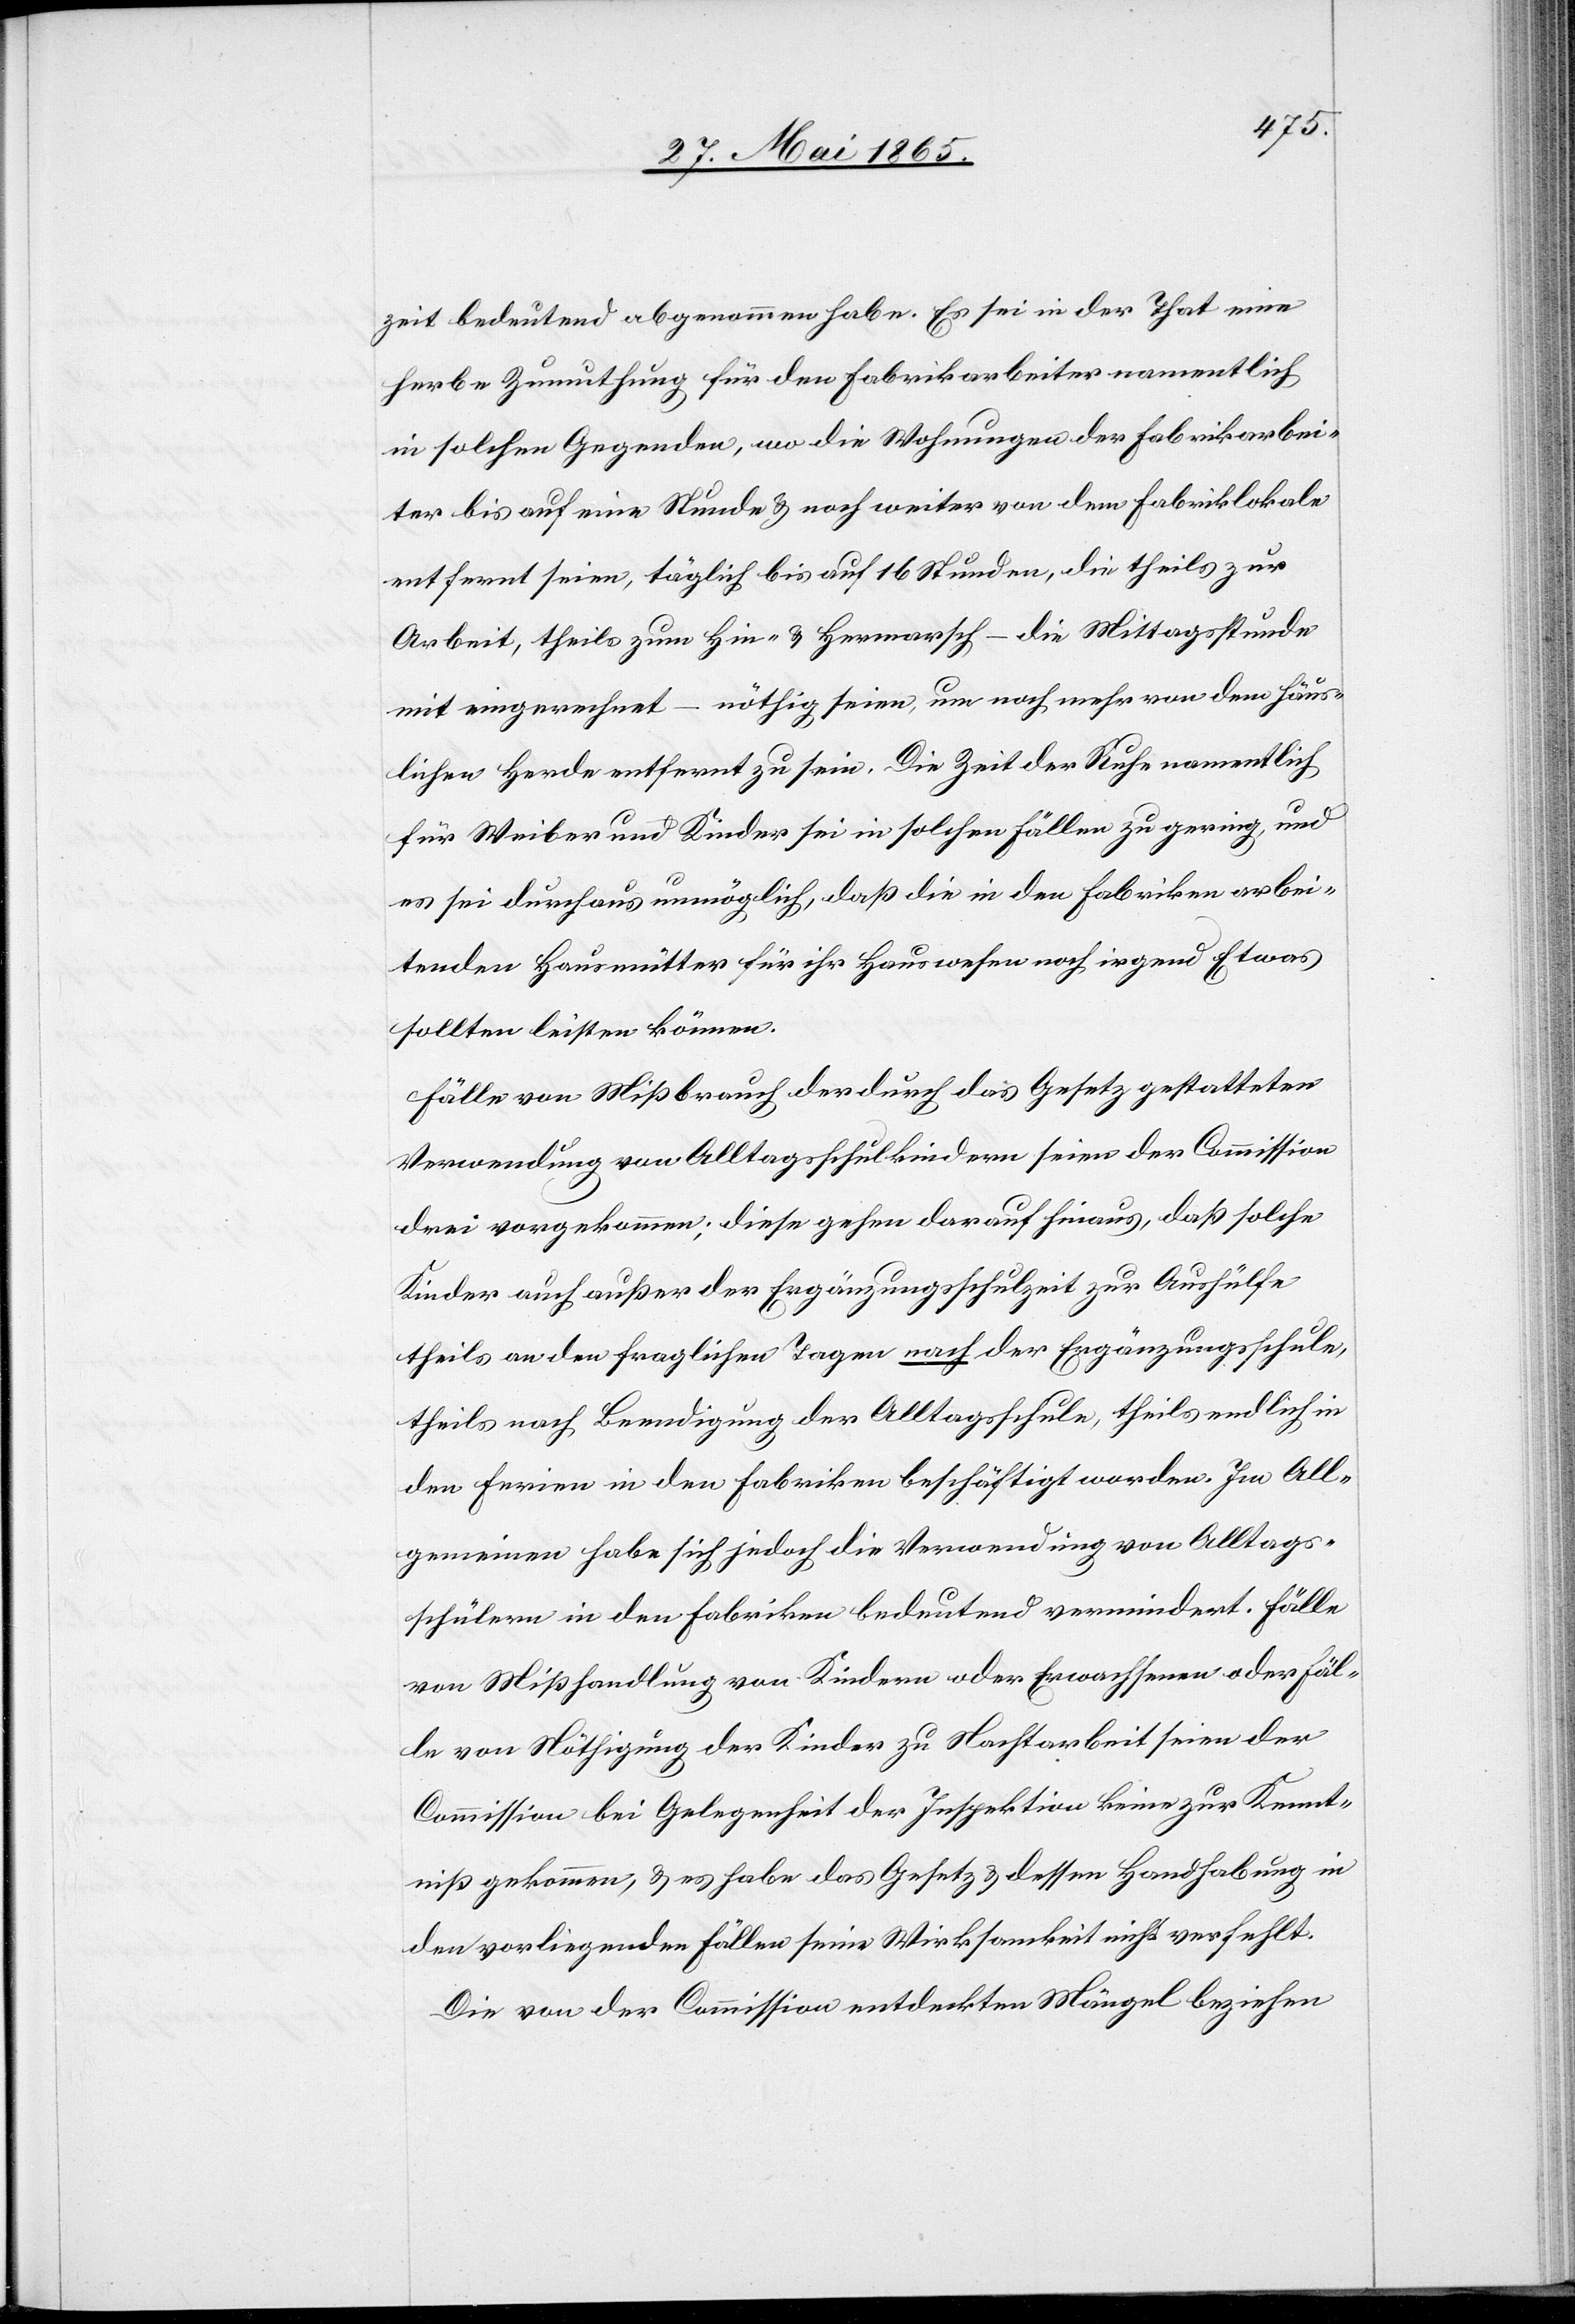
zeit bedeutend abgenommen habe. Es sei in der That eine
herbe Zumuthung für den Fabrikarbeiter namentlich
in solchen Gegenden, wo die Wohnungen der Fabrikarbei¬
ter bis auf eine Stunde & noch weiter von dem Fabriklokale
entfernt seien, täglich bis auf 16 Stunden, die theils zur
Arbeit, theils zum Hin- & Hermarsch – die Mittagsstunde
mit eingerechnet – nöthig seien, um noch mehr von dem häus¬
lichen Herde entfernt zu sein. Die Zeit der Ruhe namentlich
für Weiber und Kinder sei in solchen Fällen zu gering, und
es sei durchaus unmöglich, daß die in den Fabriken arbei¬
tenden Hausmütter für ihr Hauswesen noch irgend Etwas
sollten leisten können.
Fälle von Mißbrauch der durch das Gesetz gestatteten
Verwendung von Alltagsschulkindern seien der Commission
drei vorgekommen; diese gehen darauf hinaus, daß solche
Kinder auch außer der Ergänzungsschulzeit zur Aufhülfe
theils an den fraglichen Tagen nach der Ergänzungsschule,
theils nach Beendigung der Alltagsschule, theils endlich in
den Ferien in den Fabriken beschäftigt worden. Im All¬
gemeinen habe sich jedoch die Verwendung von Alltags¬
schülern in den Fabriken bedeutend vermindert. Fälle
von Mißhandlung von Kindern oder Erwachsenen oder Fäl¬
le von Nöthigung der Kinder zu Nachtarbeit seien der
Commission bei Gelegenheit der Inspektion keine zur Kennt¬
niß gekommen, & es habe das Gesetz & dessen Handhabung in
den vorliegenden Fällen seine Wirksamkeit nicht verfehlt.
Die von der Commission entdeckten Mängel beziehen